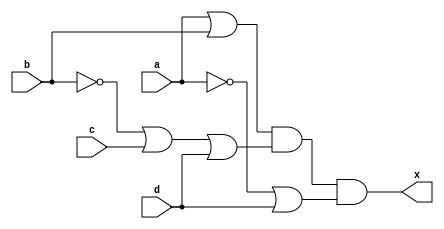
/* EXPRESSION= (A+B)(B'+C+D)(A'+D)*/


module lab2_expression(x,a,b,c,d);
input a,b,c,d;
output x;

wire not_b, not_a;
wire sub_exp_0, sub_exp1, sub_exp2;

not(not_b,b);
not(not_a,a);

or(sub_exp_0, a, b);
or(sub_exp_1, not_b, c, d);
or(sub_exp_2, not_a, d);

and(x,sub_exp_0, sub_exp_1, sub_exp_2);

endmodule